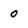
Character: 0